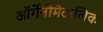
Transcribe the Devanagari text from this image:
ऑर्गेनोमेटालिक